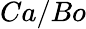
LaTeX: Ca/Bo